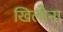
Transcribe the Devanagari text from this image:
खिलोना